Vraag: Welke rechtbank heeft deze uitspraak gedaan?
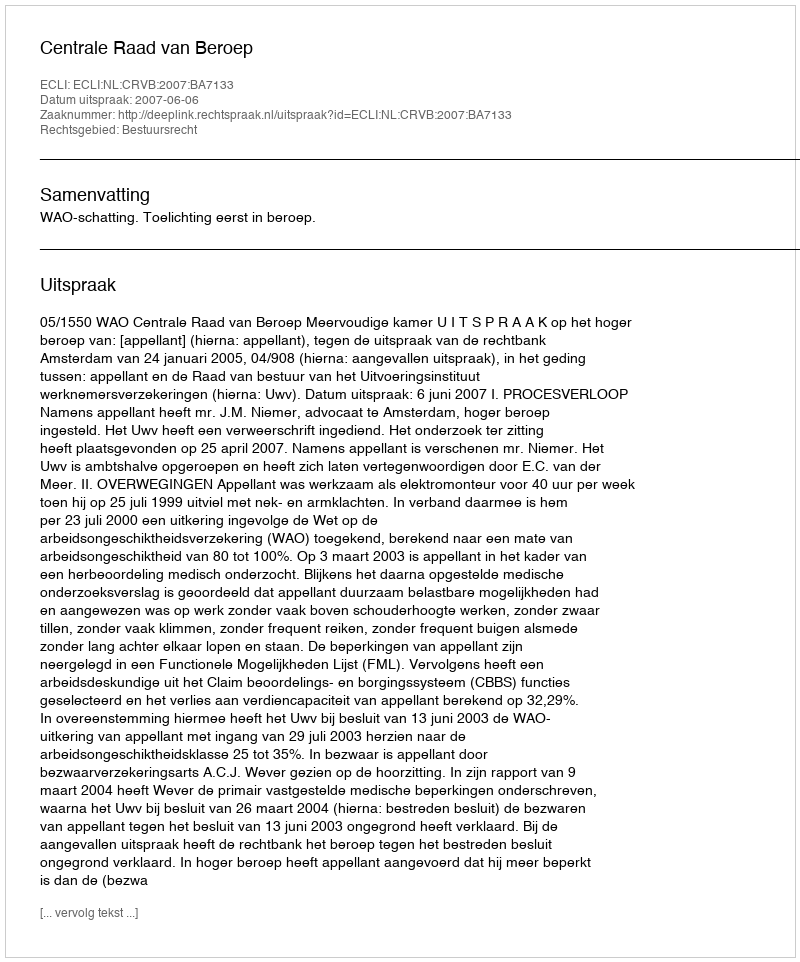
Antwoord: Centrale Raad van Beroep